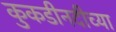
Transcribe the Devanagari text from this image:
कुकडीनदीच्या